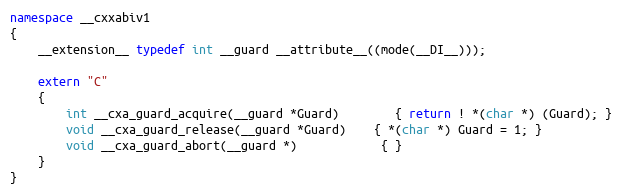
Language: C++
namespace __cxxabiv1
{
	__extension__ typedef int __guard __attribute__((mode(__DI__)));

	extern "C"
	{
		int __cxa_guard_acquire(__guard *Guard)		{ return ! *(char *) (Guard); }
		void __cxa_guard_release(__guard *Guard)	{ *(char *) Guard = 1; }
		void __cxa_guard_abort(__guard *)			{ }
	}
}